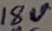
Text: 18V